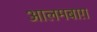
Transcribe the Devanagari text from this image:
आलमबाग़